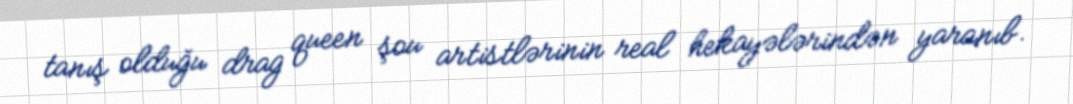
tanış olduğu drag queen şou artistlərinin real hekayələrindən yaranıb.